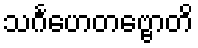
သင်္ဂဟေတဗ္ဗောတိ